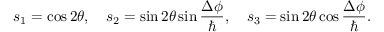
s _ { 1 } = \cos 2 \theta , \quad s _ { 2 } = \sin 2 \theta \sin \frac { \Delta \phi } { \hbar } , \quad s _ { 3 } = \sin 2 \theta \cos \frac { \Delta \phi } { \hbar } .